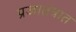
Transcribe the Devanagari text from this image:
प्रजातंत्रात